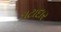
ઘટાદાર